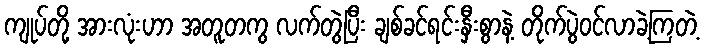
ကျုပ်တို့ အားလုံးဟာ အတူတကွ လက်တွဲပြီး ချစ်ခင်ရင်းနှီးစွာနဲ့ တိုက်ပွဲဝင်လာခဲ့ကြတဲ့